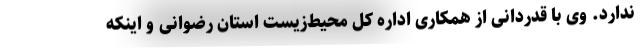
ندارد. وی با قدردانی از همکاری اداره کل محیط‌زیست استان رضوانی و اینکه